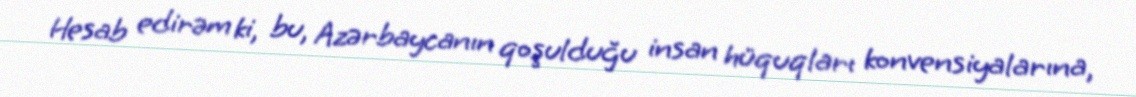
Hesab edirəm ki, bu, Azərbaycanın qoşulduğu insan hüquqları konvensiyalarına,